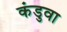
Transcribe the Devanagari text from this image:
कंडुवा